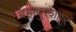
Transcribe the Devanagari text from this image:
बहादुरशहर